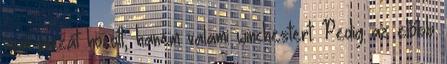
nem pizzát hozott, hanem valami winchestert. Pedig az előbb